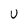
Character: u